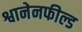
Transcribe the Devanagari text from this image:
श्वानेनफील्ड